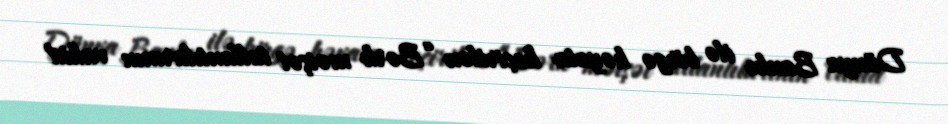
Dünya Bankı ilə birgə həyata keçirilən “Bərk məişət tullantılarının vahid